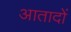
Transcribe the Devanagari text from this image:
आतादों